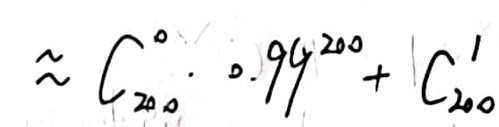
\(\approx C_{200}^{0}\cdot0.99^{200}+C_{200}^{1}\)